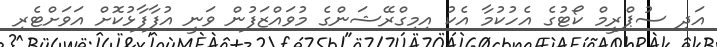
އަދި ސުޕްރީމް ކޯޓުގެ އެހުކުމާ އެކު އިމިގްރޭޝަންގެ މުވައްޒަފުން ވަނީ އުފާފާޅުކޮށް އަވަށްޓެރި